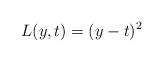
LaTeX: \begin{align*}L(y, t) = (y - t)^2 \end{align*}